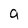
Character: a